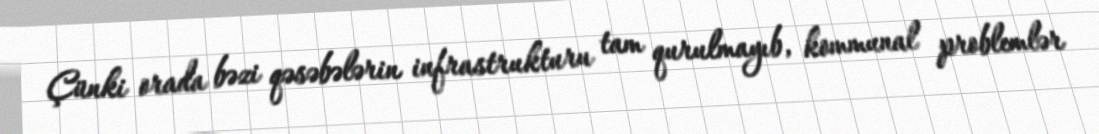
Çünki orada bəzi qəsəbələrin infrastrukturu tam qurulmayıb, kommunal problemlər